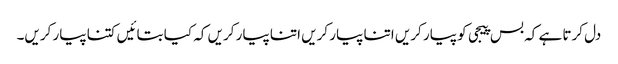
دل کرتا ہے کہ بس پیجی کو پیار کریں اتنا پیار کریں اتنا پیار کریں کہ کیا بتائیں کتنا پیار کریں۔